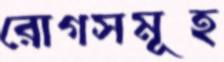
রোগসমূহ